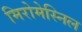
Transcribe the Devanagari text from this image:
मिरोमेस्निल